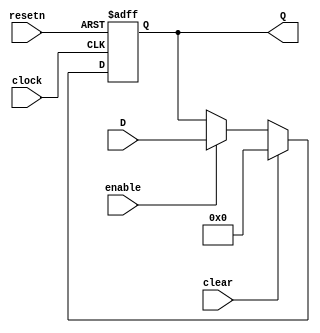
module acl_shift_register(
clock, resetn, clear, enable, Q, D
);
parameter WIDTH=32;
parameter STAGES=1;

input clock,resetn,clear,enable;
input [WIDTH-1:0] D;
output [WIDTH-1:0] Q;
wire clock,resetn,clear,enable;
wire [WIDTH-1:0] D;
reg [WIDTH-1:0] stages[STAGES-1:0];

generate

if (STAGES == 0) begin

assign Q = D;

end
else begin
genvar istage;

for (istage=0;istage<STAGES;istage=istage+1) begin : stages_loop

always@(posedge clock or negedge resetn) begin
  if (!resetn) begin
    stages[istage] <= {(WIDTH){1'b0}};
  end
  else if (clear) begin
    stages[istage] <= {(WIDTH){1'b0}};
  end
  else if (enable) begin
    if (istage == 0) begin
      stages[istage] <= D;
    end
    else begin
      stages[istage] <= stages[istage-1];
    end
  end
end

end

assign Q = stages[STAGES-1];
end

endgenerate

endmodule